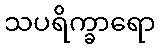
သပရိက္ခာရော